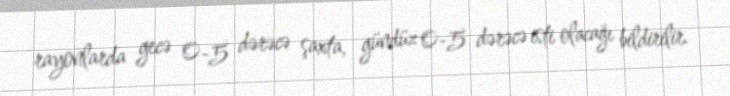
rayonlarda gecə 0-5 dərəcə şaxta, gündüz 0-5 dərəcə isti olacağı bildirilir.